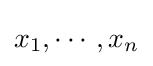
x_{1},\cdots ,x_{n}